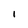
Character: i